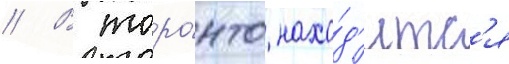
// В торо́нто нахо́д'итс'я